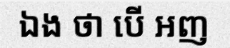
ឯង ថា បើ អញ